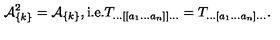
{ \cal A } _ { \{ k \} } ^ { 2 } = { \cal A } _ { \{ k \} } , \mathrm { i . e . } T _ { \ldots [ [ a _ { 1 } \ldots a _ { n } ] ] \ldots } = T _ { \ldots [ a _ { 1 } \ldots a _ { n } ] \ldots } .